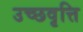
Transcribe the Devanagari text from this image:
उच्छवृत्ति